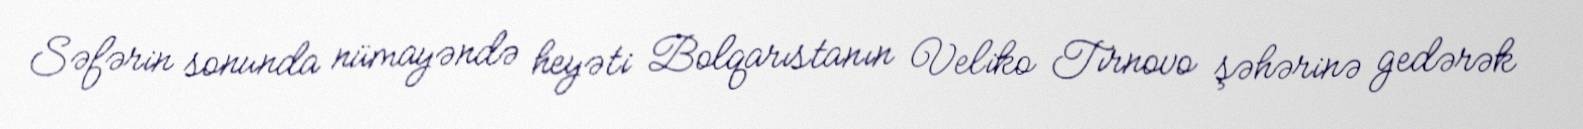
Səfərin sonunda nümayəndə heyəti Bolqarıstanın Veliko Tırnovo şəhərinə gedərək